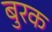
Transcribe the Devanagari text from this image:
बुरक